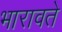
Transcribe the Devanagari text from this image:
भारावते